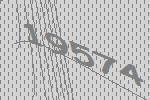
19574